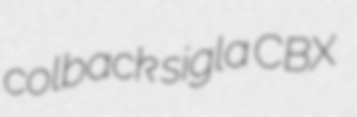
colback sigla CBX